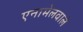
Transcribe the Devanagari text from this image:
एनामेलवाले